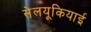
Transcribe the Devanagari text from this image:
सेलयूकियाई